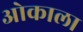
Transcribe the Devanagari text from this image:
ओकाला